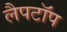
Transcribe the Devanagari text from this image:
लैपटाॅप